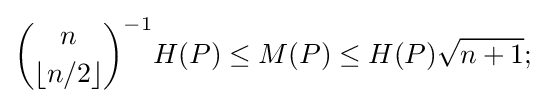
{\binom {n}{\lfloor n/2\rfloor }}^{-1}H(P)\leq M(P)\leq H(P){\sqrt {n+1}};